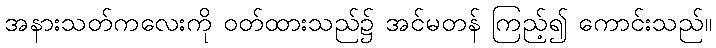
အနားသတ်ကလေးကို ဝတ်ထားသည်၌ အင်မတန် ကြည့်၍ ကောင်းသည်။